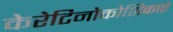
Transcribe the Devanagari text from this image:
केरेटिनोकोशिकाएं